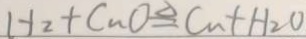
H _ { 2 } + C u O \Delta q C u + H _ { 2 } O